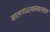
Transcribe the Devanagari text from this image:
बालगंधर्वांसारख्या